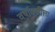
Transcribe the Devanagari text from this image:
वर्षाकरीता